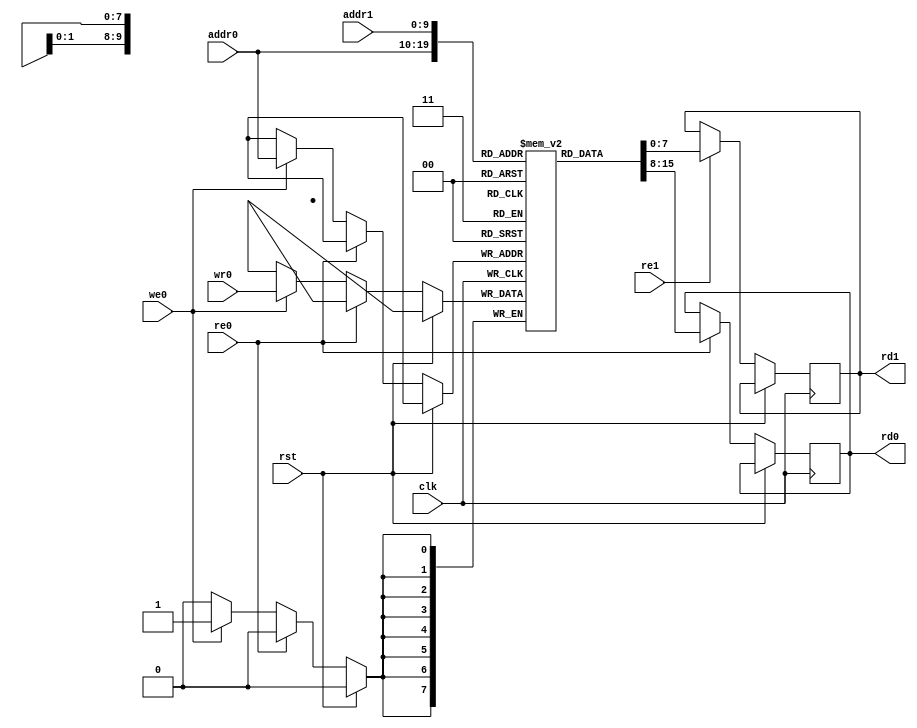
`timescale 1ns / 1ps
`default_nettype none
//
// RISu64
// Copyright 2022 Wenting Zhang
//
// Permission is hereby granted, free of charge, to any person obtaining a copy
// of this software and associated documentation files (the "Software"), to deal
// in the Software without restriction, including without limitation the rights
// to use, copy, modify, merge, publish, distribute, sublicense, and/or sell
// copies of the Software, and to permit persons to whom the Software is
// furnished to do so, subject to the following conditions:
//
// The above copyright notice and this permission notice shall be included in
// all copies or substantial portions of the Software.
//
// THE SOFTWARE IS PROVIDED "AS IS", WITHOUT WARRANTY OF ANY KIND, EXPRESS OR
// IMPLIED, INCLUDING BUT NOT LIMITED TO THE WARRANTIES OF MERCHANTABILITY,
// FITNESS FOR A PARTICULAR PURPOSE AND NONINFRINGEMENT. IN NO EVENT SHALL THE
// AUTHORS OR COPYRIGHT HOLDERS BE LIABLE FOR ANY CLAIM, DAMAGES OR OTHER
// LIABILITY, WHETHER IN AN ACTION OF CONTRACT, TORT OR OTHERWISE, ARISING FROM,
// OUT OF OR IN CONNECTION WITH THE SOFTWARE OR THE USE OR OTHER DEALINGS IN THE
// SOFTWARE.
//
module ram_1024_8(
    input wire clk,
    input wire rst,
    // Read write port
    input wire [9:0] addr0,
    input wire re0,
    output wire [7:0] rd0,
    input wire [7:0] wr0,
    input wire we0,
    // Read only port
    input wire [9:0] addr1,
    input wire re1,
    output wire [7:0] rd1
);

`ifdef SKY130
    sky130_sram_1kbyte_1rw1r_8x1024_8 mem(
        .clk0(clk),
        .csb0(!(re0 || we0)),
        .web0(!we0),
        .wmask0(1'b1),
        .addr0(addr0),
        .din0(wr0),
        .dout0(rd0),
        .clk1(clk),
        .csb1(!re1),
        .addr1(addr1),
        .dout1(rd1)
    );
`else
    reg [7:0] mem [0:1023];
    reg [7:0] rd0_reg;
    reg [7:0] rd1_reg;

    always @(posedge clk) begin
        if (!rst) begin
            if (re0) begin
                rd0_reg <= mem[addr0];
            end
            else if (we0) begin
                mem[addr0] <= wr0;
            end
            
            if (re1) begin
                rd1_reg <= mem[addr1];
            end
        end
    end

    assign rd0 = rd0_reg;
    assign rd1 = rd1_reg;
`endif

endmodule